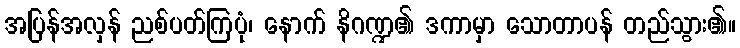
အပြန်အလှန် ညစ်ပတ်ကြပုံ၊ နောက် နိဂဏ္ဍ၏ ဒကာမှာ သောတာပန် တည်သွား၏။